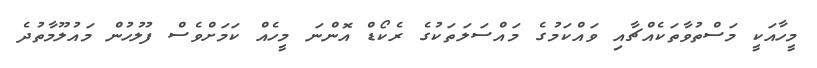
މީހާއަކީ މަސްތުވާތަކެއްޗާއި ވައްކަމުގެ މައްސަލަތަކުގެ ރެކޯޑް އޮންނަ މީހެއް ކަމަށްވެސް ފުލުހުން މައުލޫމާތުދެ